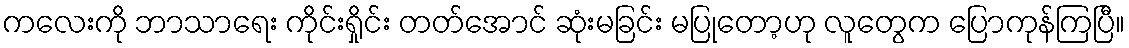
ကလေးကို ဘာသာရေး ကိုင်းရှိုင်း တတ်အောင် ဆုံးမခြင်း မပြုတော့ဟု လူတွေက ပြောကုန်ကြပြီ။